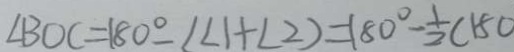
\angle B O C = 1 8 0 ^ { \circ } - ( \angle 1 + \angle 2 ) = 1 8 0 ^ { \circ } - \frac { 1 } { 2 } ( 1 8 0